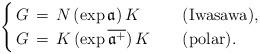
LaTeX: \begin{align*} \begin{cases} \,G\,=\,N\,(\exp\mathfrak{a})\,K \quad&\textnormal{(Iwasawa)}, \\ \,G\,=\,K\,(\exp\overline{\mathfrak{a}^{+}})\,K \quad&\textnormal{(polar)}. \end{cases}\end{align*}